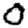
Digit: 0